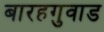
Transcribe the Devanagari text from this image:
बारहगुवाड